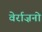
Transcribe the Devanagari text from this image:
वेर्राज़नो